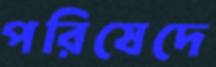
পরিষেদে